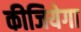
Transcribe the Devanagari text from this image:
कीजियेगा